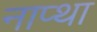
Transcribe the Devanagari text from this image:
नाप्था